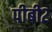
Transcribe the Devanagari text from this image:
पीबी२